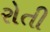
રોતી